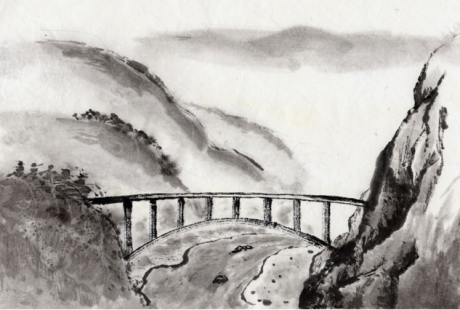
山无陵，江水为竭。